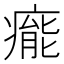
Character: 𤹍